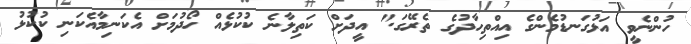
ހުންނެވީ އަޅުގަނޑުމެންގެ އިއްތިހާދުގެ ތެރޭގަ." އީދަށް ކަތިލާނެ ކުކުޅެއް ހޯދުމަށް އެކަނިމާއެކަނި ކުކުޅު